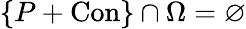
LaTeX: \{ P+\mathrm{Con}\} \cap\Omega=\varnothing